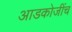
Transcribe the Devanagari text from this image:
आडकोजींच